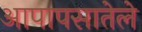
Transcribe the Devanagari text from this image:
आपापसातेले